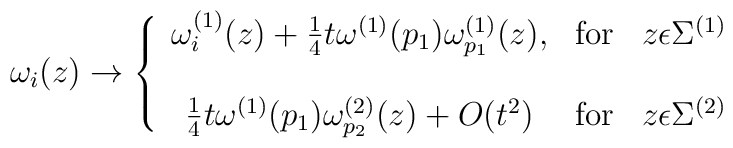
\omega_i(z) \to \left \{\begin{array}{ccc} \omega_i^{(1)}(z)+\frac{1}{4}t\omega^{(1)}(p_1)\omega_{p_1}^{(1)}(z),     & \mbox{for}& z\epsilon \Sigma^{(1)} \\\\ \frac{1}{4}t\omega^{(1)}(p_1)\omega_{p_2}^{(2)}(z) + O(t^2) &\mbox{for} & z\epsilon \Sigma^{(2)} \\\end{array}\right.